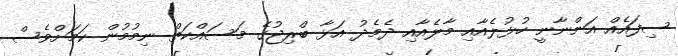
ސިފައެއް އަންނާނީ ހުޅުލެއާއި މާލެއާއި ދެމެދު އަޅާ ބްރިޖުގެ މަސައްކަތް ނިމުމުން ކަމަށްވެސް